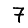
Digit: 7